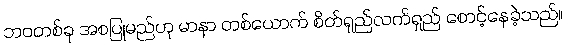
ဘဝတစ်ခု အစပြုမည်ဟု မာနာ တစ်ယောက် စိတ်ရှည်လက်ရှည် စောင့်နေခဲ့သည်။